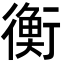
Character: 衡